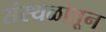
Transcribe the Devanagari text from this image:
संस्थळातून